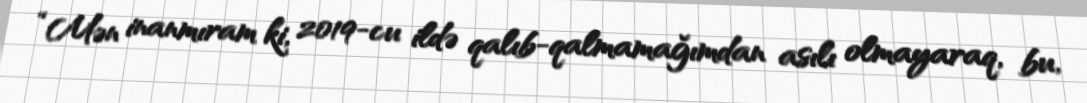
“Mən inanmıram ki, 2019-cu ildə qalıb-qalmamağımdan asılı olmayaraq, bu,